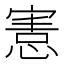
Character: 𢞩